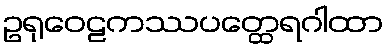
ဥရုဝေဠကဿပတ္ထေရဂါထာ